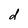
Character: d